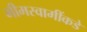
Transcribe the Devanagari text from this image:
भीमस्वामींकडे